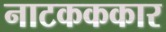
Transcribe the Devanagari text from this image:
नाटकककार